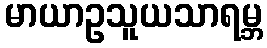
မာယာဥသူယသာရမ္ဘ